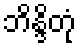
ဘိန္ဒိတုံ